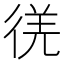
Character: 𫹕